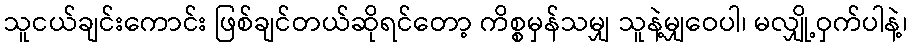
သူငယ်ချင်းကောင်း ဖြစ်ချင်တယ်ဆိုရင်တော့ ကိစ္စမှန်သမျှ သူနဲ့မျှဝေပါ၊ မလျှို့ဝှက်ပါနဲ့၊